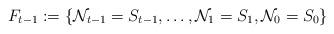
LaTeX: \begin{align*}F_{t-1} := \{{\cal N}_{t-1} = S_{t-1},\ldots,{\cal N}_1 = S_1, {\cal N}_0=S_0\}\end{align*}